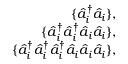
\begin{array} { r l r } & { } & { \{ \hat { a } _ { i } ^ { \dagger } \hat { a } _ { i } \} , } \\ & { } & { \{ \hat { a } _ { i } ^ { \dagger } \hat { a } _ { i } ^ { \dagger } \hat { a } _ { i } \hat { a } _ { i } \} , } \\ & { } & { \{ \hat { a } _ { i } ^ { \dagger } \hat { a } _ { i } ^ { \dagger } \hat { a } _ { i } ^ { \dagger } \hat { a } _ { i } \hat { a } _ { i } \hat { a } _ { i } \} , } \end{array}